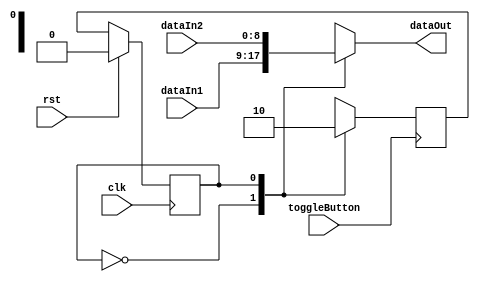
// By Alcides Augusto Bezerra Neto
module mux_sequencial(
	dataOut, 
	dataIn1, 
	dataIn2, 
	toggleButton, 
	clk, 
	rst
);	
	
	parameter DATABUS_WIDTH = 9;
	
	localparam 
		FOCUS1 = 1'b0,
		FOCUS2 = 1'b1;
	
	input clk, rst, toggleButton;
	input [DATABUS_WIDTH-1:0] dataIn1, dataIn2;
	output reg [DATABUS_WIDTH-1:0] dataOut;
	
	// states variables
	reg current_state, next_state;
	
	// output decoder
	always @(*) begin
		case(current_state)
			FOCUS1: dataOut = dataIn1;
			FOCUS2: dataOut = dataIn2;
		endcase
		
	end
	
	// current state decoder
	always @(posedge clk) begin
		if(rst) begin
			current_state <= FOCUS1;	
		end
		else begin
			current_state <= next_state;
		end
	end
	
	// next state decoder
	always @(negedge toggleButton) begin
		case(current_state)
			FOCUS1: next_state = FOCUS2;
			FOCUS2: next_state = FOCUS1;
			default: next_state = FOCUS1;
		endcase
	
	end
	
	
endmodule